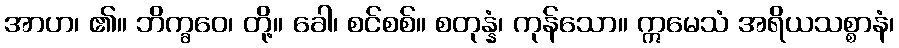
အာဟ၊ ၏။ ဘိက္ခဝေ၊ တို့။ ခေါ၊ စင်စစ်။ စတုန္နံ၊ ကုန်သော။ ဣမေသံ အရိယသစ္စာနံ၊